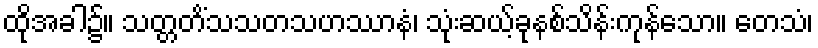
ထိုအခါ၌။ သတ္တတိံသသတသဟဿာနံ၊ သုံးဆယ့်ခုနစ်သိန်းကုန်သော။ တေသံ၊